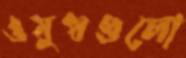
ওষুধগুলো